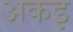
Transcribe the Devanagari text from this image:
अकइ